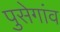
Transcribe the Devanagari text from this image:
पुसेगांव